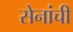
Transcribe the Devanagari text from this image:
सेनांची